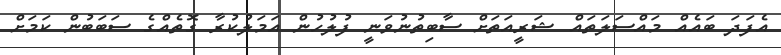
އެފަދަ ބައެއް މައްސަލަތައް ޝަރީއަތަށް ސާބިތުނުވަނީ ފުލުހުން އަމަލުކުރާ ގޮތެއްގެ ސަބަބުން ކަމަށް